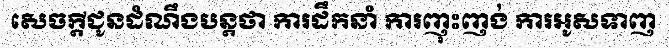
សេចក្តីជូនដំណឹងបន្តថា ការដឹកនាំ ការញុះញង់ ការអូសទាញ